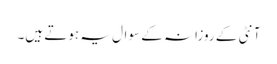
آنٹی کے روزانہ کے سوال یہ ہوتے ہیں۔